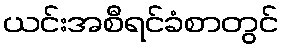
ယင်းအစီရင်ခံစာတွင်